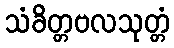
သံခိတ္တဗလသုတ္တံ